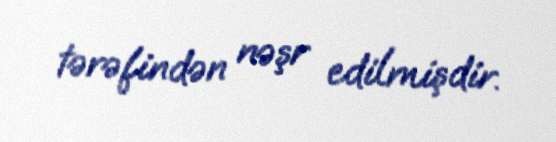
tərəfindən nəşr edilmişdir.